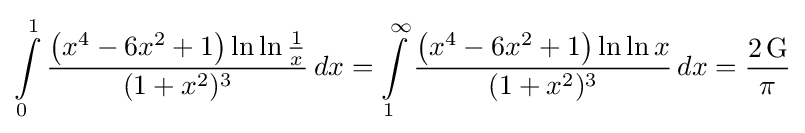
\int \limits _{0}^{1}{\frac {\left(x^{4}-6x^{2}+1\right)\ln \ln {\frac {1}{x}}}{\,(1+x^{2})^{3}\,}}\,dx=\int \limits _{1}^{\infty }{\frac {\left(x^{4}-6x^{2}+1\right)\ln \ln {x}}{\,(1+x^{2})^{3}\,}}\,dx={\frac {2\,\mathrm {G} }{\pi }}